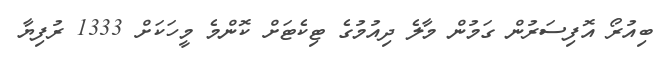
ބިއުރޯ އޮފިސަރުން ގަމުން މާލެ ދިއުމުގެ ޓިކެޓަށް ކޮންމެ މީހަކަށް 1333 ރުފިޔާ